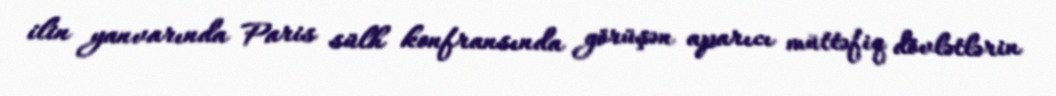
ilin yanvarında Paris sülh konfransında görüşən aparıcı müttəfiq dövlətlərin